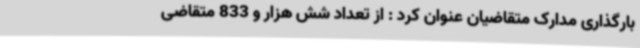
بارگذاری مدارک متقاضیان عنوان کرد : از تعداد شش هزار و 833 متقاضی